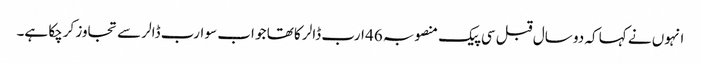
انہوں نے کہا کہ دو سال قبل سی پیک منصوبہ 46 ارب ڈالر کا تھا جو اب سو ارب ڈالر سے تجاوز کرچکا ہے۔